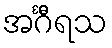
အင်္ဂီရသ